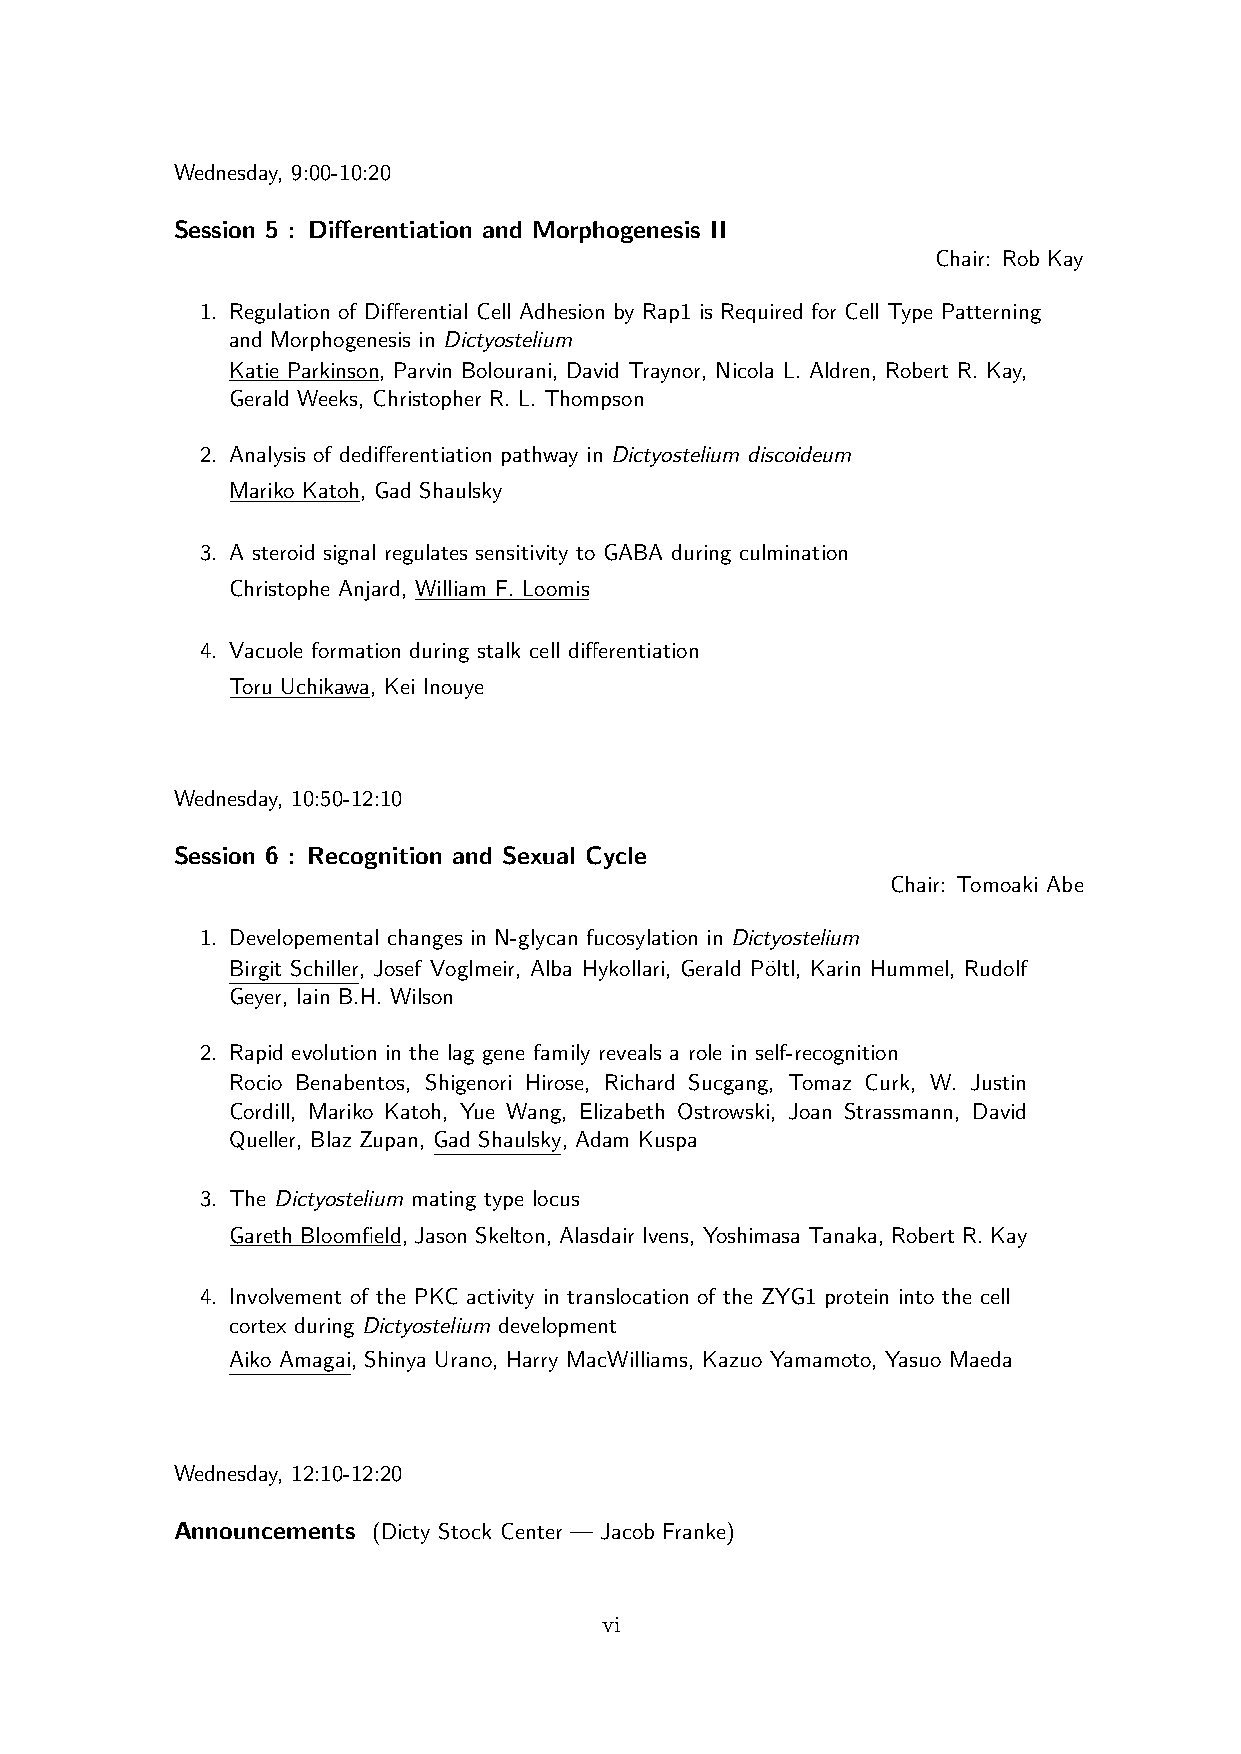
Wednesday, 9:00-10:20
 Session 5 : Differentiation and Morphogenesis II
 Chair: Rob Kay
 1. Regulation of Differential Cell Adhesion by Rap1 is Required for Cell Type Patterning
 and Morphogenesis in Dictyostelium
 Katie Parkinson, Parvin Bolourani, David Traynor, Nicola L. Aldren, Robert R. Kay,
 Gerald Weeks, Christopher R. L. Thompson
 2. Analysis of dedifferentiation pathway in Dictyostelium discoideum
 Mariko Katoh, Gad Shaulsky
 3. A steroid signal regulates sensitivity to GABA during culmination
 Christophe Anjard, William F. Loomis
 4. Vacuole formation during stalk cell differentiation
 Toru Uchikawa, Kei Inouye
 Wednesday, 10:50-12:10
 Session 6 : Recognition and Sexual Cycle
 Chair: Tomoaki Abe
 1. Developemental changes in N-glycan fucosylation in Dictyostelium
 Birgit Schiller, Josef Voglmeir, Alba Hykollari, Gerald P¨oltl, Karin Hummel, Rudolf
 Geyer, Iain B.H. Wilson
 2. Rapid evolution in the lag gene family reveals a role in self-recognition
 Rocio Benabentos, Shigenori Hirose, Richard Sucgang, Tomaz Curk, W. Justin
 Cordill, Mariko Katoh, Yue Wang, Elizabeth Ostrowski, Joan Strassmann, David
 Queller, Blaz Zupan, Gad Shaulsky, Adam Kuspa
 3. The Dictyostelium mating type locus
 Gareth Bloomfield, Jason Skelton, Alasdair Ivens, Yoshimasa Tanaka, Robert R. Kay
 4. Involvement of the PKC activity in translocation of the ZYG1 protein into the cell
 cortex during Dictyostelium development
 Aiko Amagai, Shinya Urano, Harry MacWilliams, Kazuo Yamamoto, Yasuo Maeda
 Wednesday, 12:10-12:20
 Announcements (Dicty Stock Center — Jacob Franke)
 vi